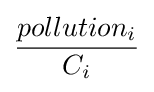
{\frac {pollution_{i}}{C_{i}}}